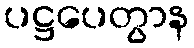
ပဋ္ဌပေတွာန